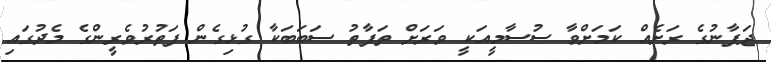
ޖަޕާނުގެ ރަށެއް ކަމަށްވާ ސުސާމީއަކީ ވަރަށް ތަފާތު ސަބަބަކާ ގުޅިގެން ފަތުރުވެރީންގެ މެދުގައި